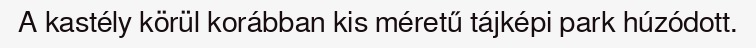
A kastély körül korábban kis méretű tájképi park húzódott.